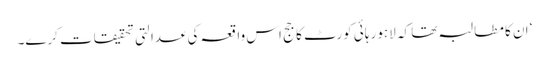
‘ ان کا مطالبہ تھا کہ لاہور ہائی کورٹ کا جج اس واقعہ کی عدالتی تحقیقات کرے۔